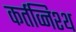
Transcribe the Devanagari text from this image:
कर्तव्निश्थ